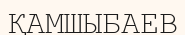
ҚАМШЫБАЕВ